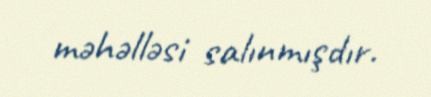
məhəlləsi salınmışdır.